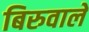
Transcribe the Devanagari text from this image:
बिरुवाले